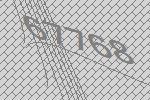
67768